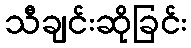
သီချင်းဆိုခြင်း